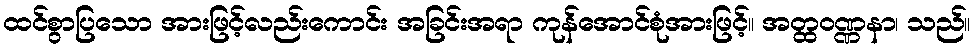
ထင်စွာပြသော အားဖြင့်လည်းကောင်း အခြင်းအရာ ကုန်အောင်စုံအားဖြင့်။ အတ္ထဝဏ္ဏနာ၊ သည်။